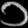
Digit: ၁